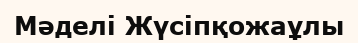
Мәделі Жүсіпқожаұлы